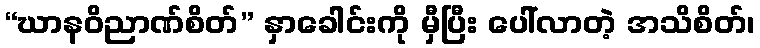
“ဃာနဝိညာဏ်စိတ်” နှာခေါင်းကို မှီပြီး ပေါ်လာတဲ့ အသိစိတ်၊